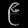
Digit: ၉